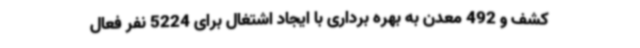
کشف و 492 معدن به بهره برداری با ایجاد اشتغال برای 5224 نفر فعال